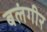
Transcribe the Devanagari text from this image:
बलंगीर